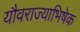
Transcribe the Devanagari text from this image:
यौवराज्याभिषेक